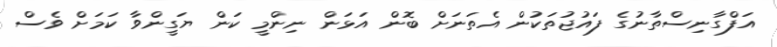
އަފްގާނިސްތާނުގެ ފައުޖުތަކުން އެތަނަށް ބޮން އަޅަން ނިންމީ ކަން ޔަގީންވާ ކަމަށް ވެސް